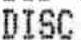
DISC